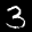
Label: 3